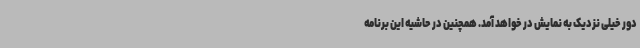
دور خیلی نزدیک به نمایش در خواهد آمد. همچنین در حاشیه این برنامه